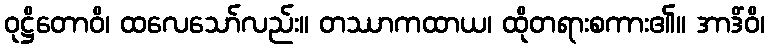
ဝုဋ္ဌိတောဝိ၊ ထလေသော်လည်း။ တဿာကထာယ၊ ထိုတရားစကား၏။ အာဒိံဝိ၊